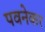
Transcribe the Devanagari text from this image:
पवनेकर